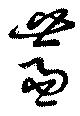
虀